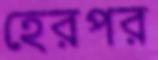
হেরপর